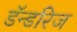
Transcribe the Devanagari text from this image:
डॅन्डरिज